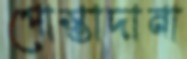
পোস্তাদানা